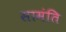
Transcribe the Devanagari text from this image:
सामंति